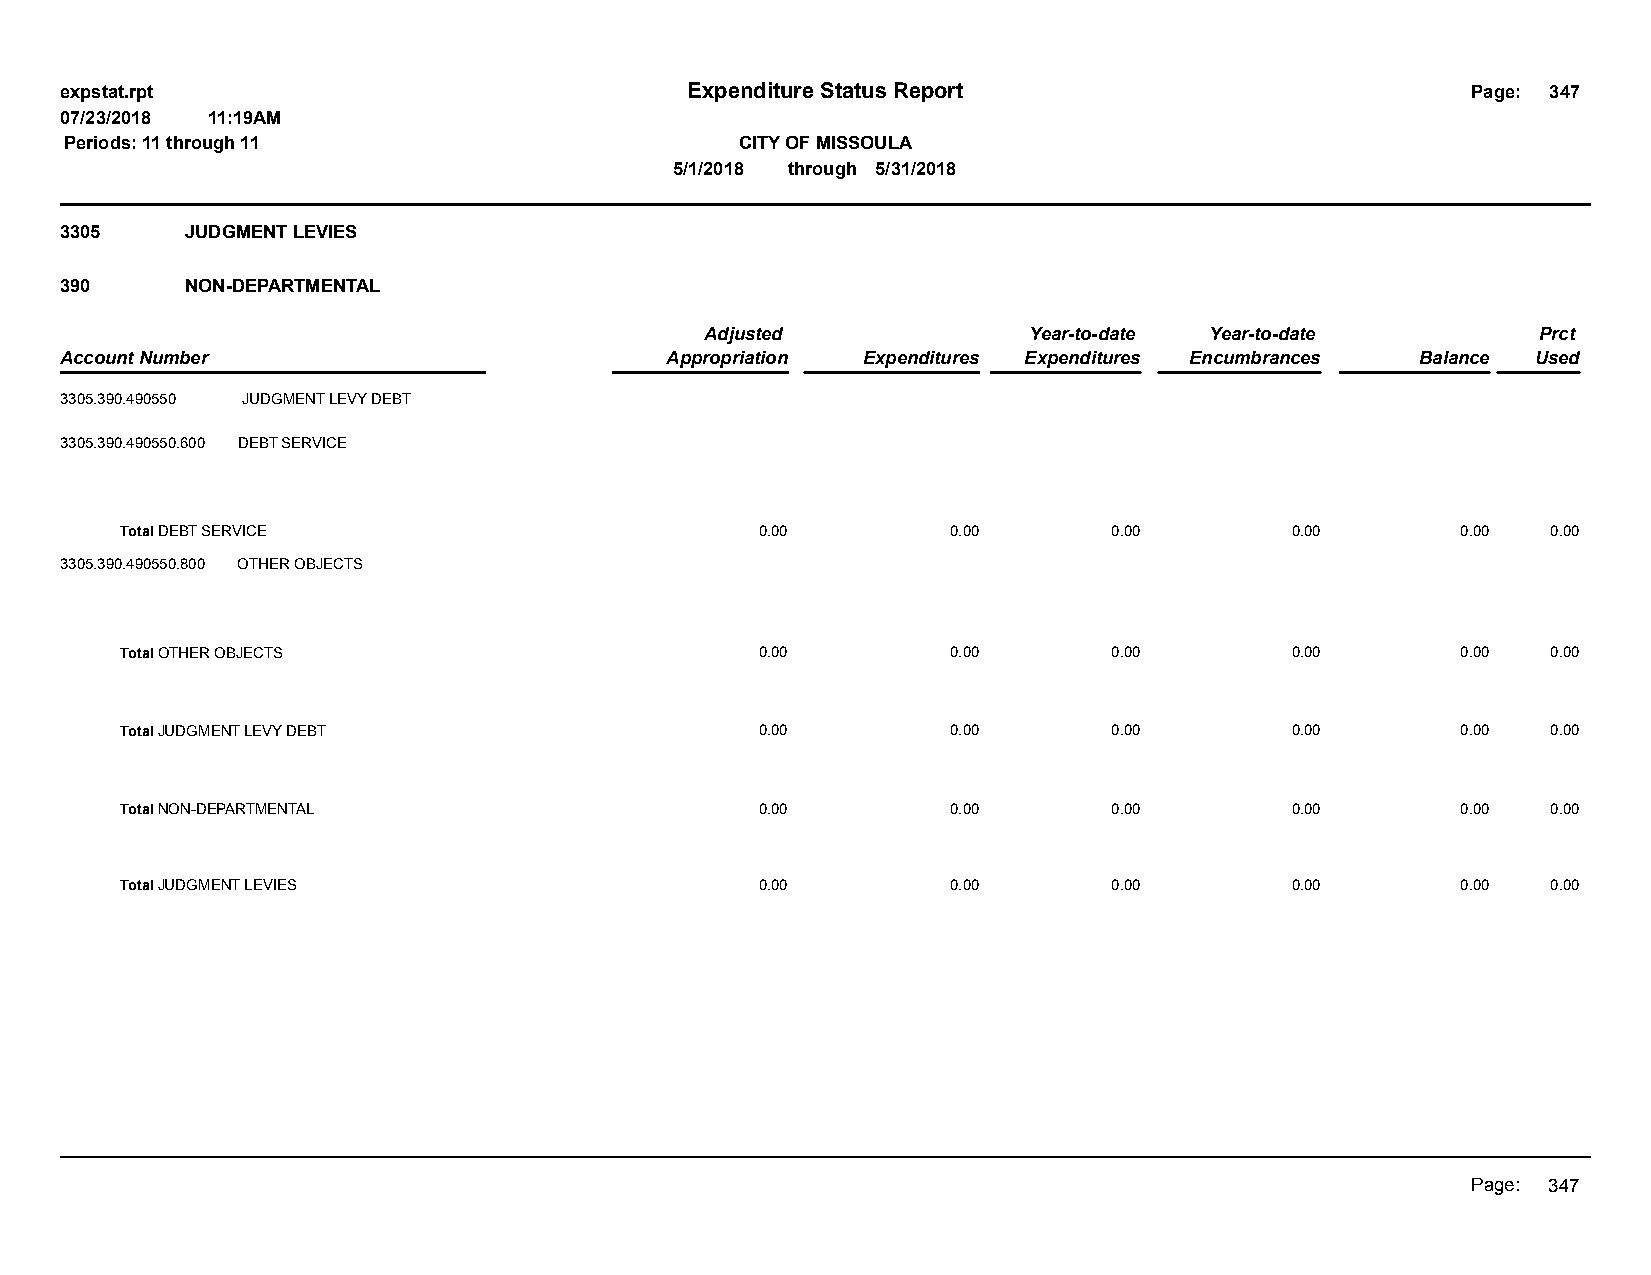
expstat.rpt                              Expenditure Status Report                           Page: 347
 07/23/2018 11:19AM
 Periods: 11 through 11                       CITY OF MISSOULA
 5/1/2018 through 5/31/2018
 3305    JUDGMENT LEVIES
 390     NON-DEPARTMENTAL
 Adjusted             Year-to-date Year-to-date         Prct
 Account Number                          Appropriation Expenditures Expenditures Encumbrances Balance Used
 3305.390.490550 JUDGMENT LEVY DEBT
 3305.390.490550.600 DEBT SERVICE
 Total DEBT SERVICE                        0.00         0.00       0.00       0.00        0.00  0.00
 3305.390.490550.800 OTHER OBJECTS
 Total OTHER OBJECTS                       0.00         0.00       0.00       0.00        0.00  0.00
 Total JUDGMENT LEVY DEBT                  0.00         0.00       0.00       0.00        0.00  0.00
 Total NON-DEPARTMENTAL                    0.00         0.00       0.00       0.00        0.00  0.00
 Total JUDGMENT LEVIES                     0.00         0.00       0.00       0.00        0.00  0.00
 Page: 347